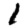
Digit: 1